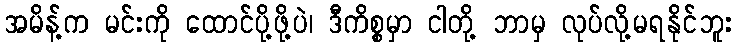
အမိန့်က မင်းကို ထောင်ပို့ဖို့ပဲ၊ ဒီကိစ္စမှာ ငါတို့ ဘာမှ လုပ်လို့မရနိုင်ဘူး